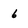
Character: 6